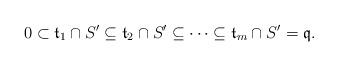
LaTeX: \begin{align*} 0 \subset \mathfrak{t}_1 \cap S' \subseteq \mathfrak{t}_2 \cap S' \subseteq \cdots \subseteq \mathfrak{t}_m \cap S' = \mathfrak{q}.\end{align*}